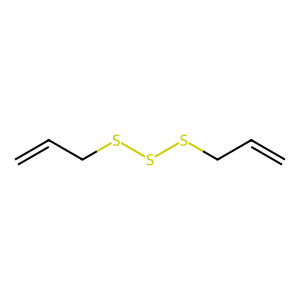
SMILES: C=CCSSSCC=C
Inhibits HIV replication: No